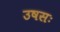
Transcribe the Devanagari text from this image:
उषसः